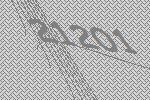
21201